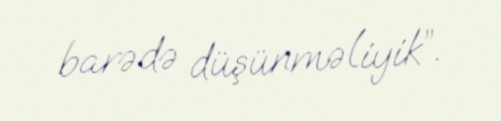
barədə düşünməliyik”.